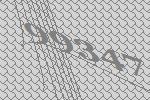
99347